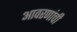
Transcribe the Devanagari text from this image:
आवरणांची